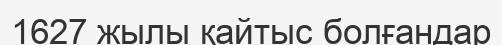
1627 жылы қайтыс болғандар